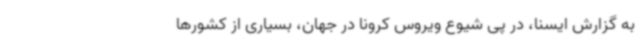
به گزارش ایسنا، در پی شیوع ویروس کرونا در جهان، بسیاری از کشورها